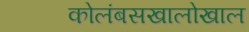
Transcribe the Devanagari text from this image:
कोलंबसखालोखाल